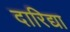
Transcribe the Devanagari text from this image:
दारिद्या